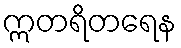
ဣတရိတရေန